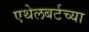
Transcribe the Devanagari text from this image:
एथेलबर्टच्या